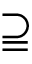
\supseteqq